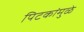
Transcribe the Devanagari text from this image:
पिटकांमुळे